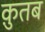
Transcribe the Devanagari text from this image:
क़ुतब